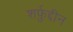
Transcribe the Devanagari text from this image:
शर्फ़ुद्दीन